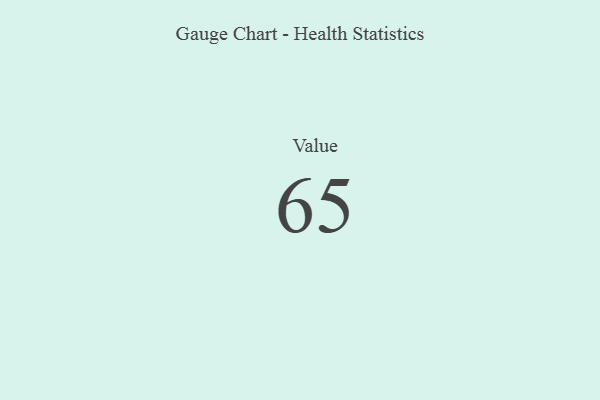
{"axis": {"x": "Metric", "y": "Value"}, "legend": [""], "data": [{"x": "Value", "y": 65, "type": ""}]}